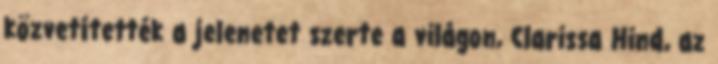
közvetítették a jelenetet szerte a világon, Clarissa Hind, az